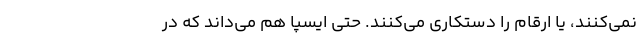
نمی‌کنند، یا ارقام را دستکاری می‌کنند. حتی ایسپا هم می‌داند که در